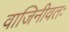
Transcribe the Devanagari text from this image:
वाजिनीवतः